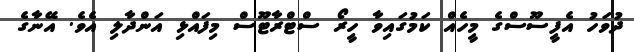
ދުވަހު އެފީސޫސްގެ މީހެއް ކަމުގައިވާ ހީރޯ ސްޓްރާޓޫސް މިފައްޅި އަންދާލި އެވެ. އޭނާގެ